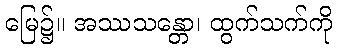
မြေ၌။ အဿသန္တော၊ ထွက်သက်ကို